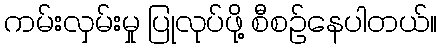
ကမ်းလှမ်းမှု ပြုလုပ်ဖို့ စီစဉ်နေပါတယ်။